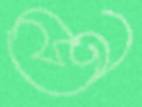
সেন